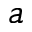
^ a